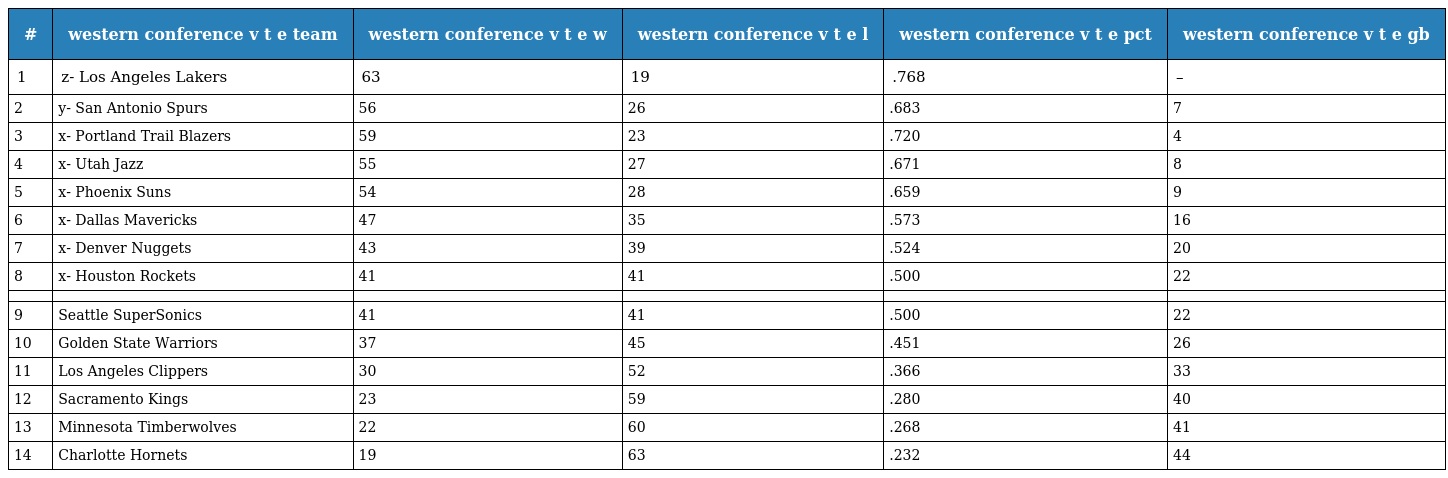
| # | western conference v t e team | western conference v t e w | western conference v t e l | western conference v t e pct | western conference v t e gb |
 | --- | --- | --- | --- | --- | --- |
 | 1 | z- Los Angeles Lakers | 63 | 19 | .768 | – |
 | 2 | y- San Antonio Spurs | 56 | 26 | .683 | 7 |
 | 3 | x- Portland Trail Blazers | 59 | 23 | .720 | 4 |
 | 4 | x- Utah Jazz | 55 | 27 | .671 | 8 |
 | 5 | x- Phoenix Suns | 54 | 28 | .659 | 9 |
 | 6 | x- Dallas Mavericks | 47 | 35 | .573 | 16 |
 | 7 | x- Denver Nuggets | 43 | 39 | .524 | 20 |
 | 8 | x- Houston Rockets | 41 | 41 | .500 | 22 |
 |  |  |  |  |  |  |
 | 9 | Seattle SuperSonics | 41 | 41 | .500 | 22 |
 | 10 | Golden State Warriors | 37 | 45 | .451 | 26 |
 | 11 | Los Angeles Clippers | 30 | 52 | .366 | 33 |
 | 12 | Sacramento Kings | 23 | 59 | .280 | 40 |
 | 13 | Minnesota Timberwolves | 22 | 60 | .268 | 41 |
 | 14 | Charlotte Hornets | 19 | 63 | .232 | 44 |